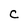
Character: C